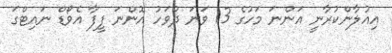
އިއުލާންކުރާނީ އަންނަ މަހުގެ 13 ވަނަ ދުވަހު އޮންނަ ފީފާ އެވޯޑް ނައިޓްގަ